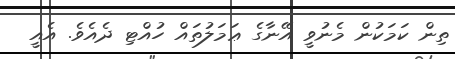
ތިން ކަމަކުން މެނުވީ އޭނާގެ ޢަމަލުތައް ހުއްޓި ދެއެވެ. އެއީ